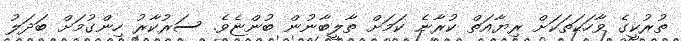
ތުރުކީގެ ވާހަކަތަކަށް ރިޔާއަތް ކުރާނެ ކަމަށް ތާލީބާނުން ބުންޏެވެ. ސަރުކާރު ހިންގުމަށް ބަދަލު